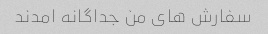
سفارش هاى من جداگانه امدند